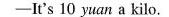
-It's 10 yuan a kilo.